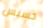
خسيس